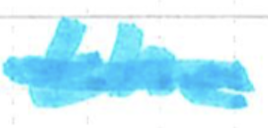
Text: the
Cross-out: single-line
Writing tool: marker